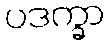
ပဒက္ခာ